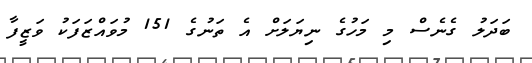
ބަދަލު ގެނެސް މި މަހުގެ ނިޔަލަށް އެ ތަނުގެ 151 މުވައްޒަފަކު ވަޒީފާ